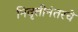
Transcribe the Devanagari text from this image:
निवृत्तीनंतरचे